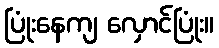
ပြုံးနေကျ လှောင်ပြုံး။